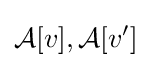
{\mathcal {A}}[v],{\mathcal {A}}[v']